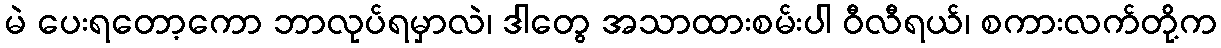
မဲ ပေးရတော့ကော ဘာလုပ်ရမှာလဲ၊ ဒါတွေ အသာထားစမ်းပါ ဝီလီရယ်၊ စကားလက်တို့က